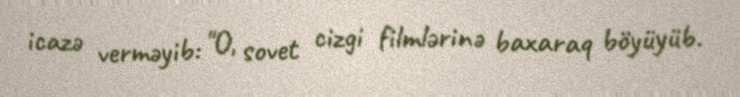
icazə verməyib: "O, sovet cizgi filmlərinə baxaraq böyüyüb.